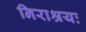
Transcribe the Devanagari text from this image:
निराश्रयः